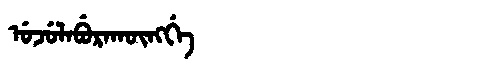
Manchu: ᡠᠵᡠᠯᠠᠪᡠᡵᠠᡴᡡᠩᡤᡝ
Romanization: UJULABURAKŪNGGE